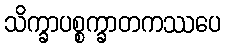
သိက္ခာပစ္စက္ခာတကဿပေ